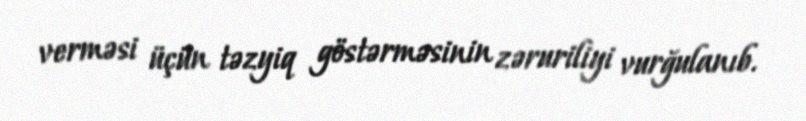
verməsi üçün təzyiq göstərməsinin zəruriliyi vurğulanıb.